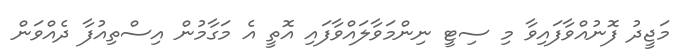
މަޖީދު ފޮނުއްވާފައިވާ މި ސިޓީ ނިންމަވާލައްވާފައި އޮތީ އެ މަގާމުން އިސްތިއުފާ ދެއްވަން